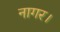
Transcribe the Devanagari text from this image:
नागर।